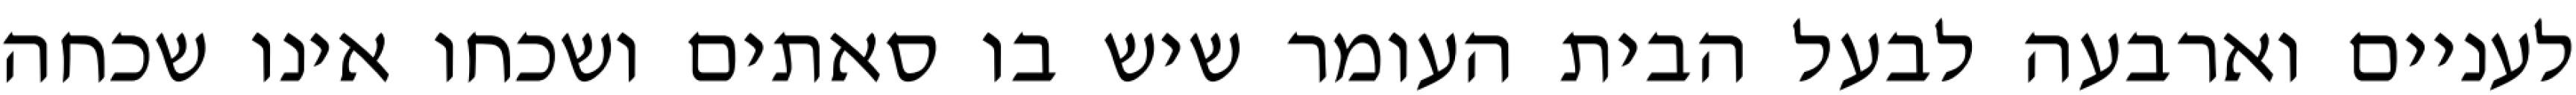
לעניים וארבעה לבעל הבית העומר שיש בו סאתים ושכחו אינו שכחה